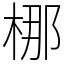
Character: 梛